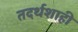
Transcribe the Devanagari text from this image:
तदर्थशाही